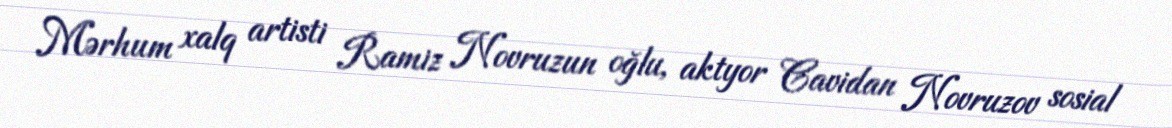
Mərhum xalq artisti Ramiz Novruzun oğlu, aktyor Cavidan Novruzov sosial